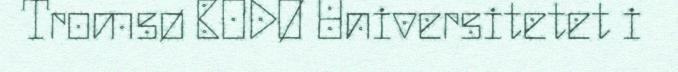
Tromsø BODØ Universitetet i